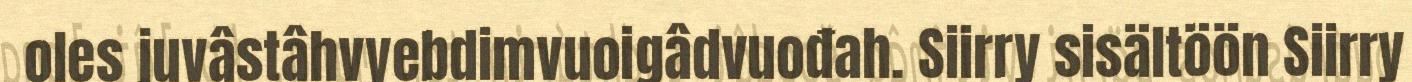
oles juvâstâhvyebdimvuoigâdvuođah. Siirry sisältöön Siirry